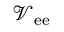
\mathcal { V } _ { \mathrm { e e } }